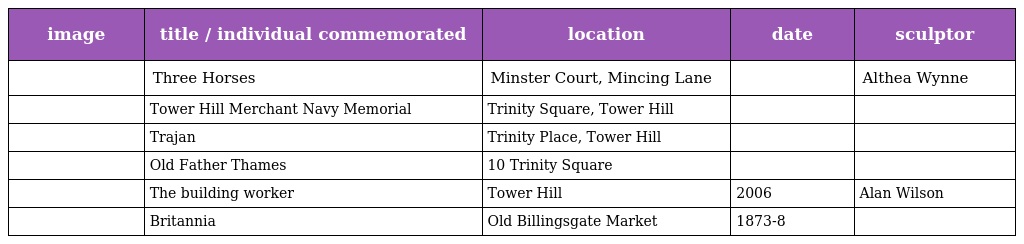
| image | title / individual commemorated | location | date | sculptor |
 | --- | --- | --- | --- | --- |
 |  | Three Horses | Minster Court, Mincing Lane |  | Althea Wynne |
 |  | Tower Hill Merchant Navy Memorial | Trinity Square, Tower Hill |  |  |
 |  | Trajan | Trinity Place, Tower Hill |  |  |
 |  | Old Father Thames | 10 Trinity Square |  |  |
 |  | The building worker | Tower Hill | 2006 | Alan Wilson |
 |  | Britannia | Old Billingsgate Market | 1873-8 |  |